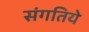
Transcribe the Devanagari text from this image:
संगतिये